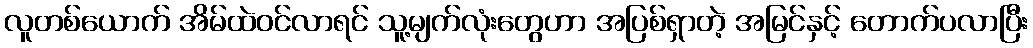
လူတစ်ယောက် အိမ်ထဲဝင်လာရင် သူ့မျက်လုံးတွေဟာ အပြစ်ရှာတဲ့ အမြင်နှင့် တောက်ပလာပြီး